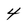
Character: 4